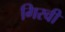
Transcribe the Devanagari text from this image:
गिरवीं